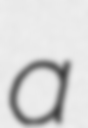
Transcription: a